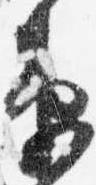
衛